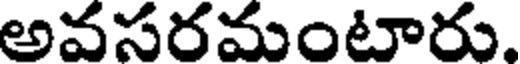
అవసరమంటారు,